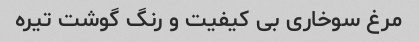
مرغ سوخاری بی کیفیت و رنگ گوشت تیره